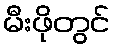
မီးဖိုတွင်